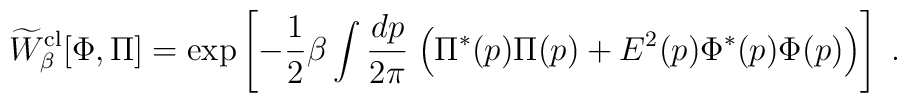
\widetilde W_\beta^{\rm cl}[\Phi,\Pi]  = {\rm exp}\left[- {1 \over 2} \beta \int {dp \over 2\pi} \;\Bigl( \Pi^* (p)\Pi (p) +E^2(p)\Phi^* (p) \Phi (p) \Bigr) \right]\;.